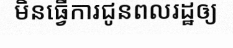
មិនធ្វើការជូនពលរដ្ឋឲ្យ